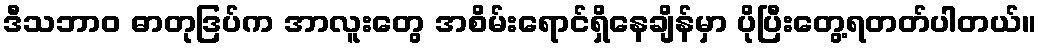
ဒီသဘာဝ ဓာတုဒြပ်က အာလူးတွေ အစိမ်းရောင်ရှိနေချိန်မှာ ပိုပြီးတွေ့ရတတ်ပါတယ်။